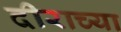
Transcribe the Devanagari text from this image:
दीराच्या